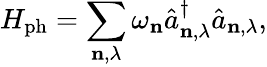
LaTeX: H_{\mathrm{ph}}=\sum_{\mathbf{n},\lambda}\omega_{\mathbf{n}}\hat{a}_{\mathbf{n},\lambda}^{\dagger}\hat{a}_{\mathbf{n},\lambda},